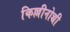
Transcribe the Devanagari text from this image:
किल्लीनोच्ची